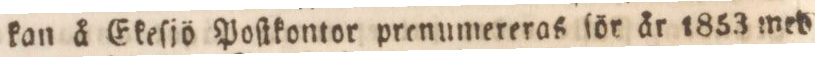
kan å Ekeſjö Poſtkontor prenumereras för år 1853 med